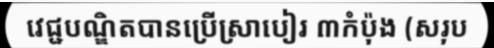
វេជ្ជបណ្ឌិតបានប្រើស្រាបៀរ ៣កំប៉ុង (សរុប